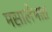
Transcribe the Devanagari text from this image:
मसालेभात